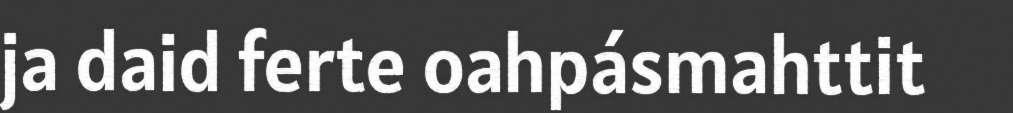
ja daid ferte oahpásmahttit